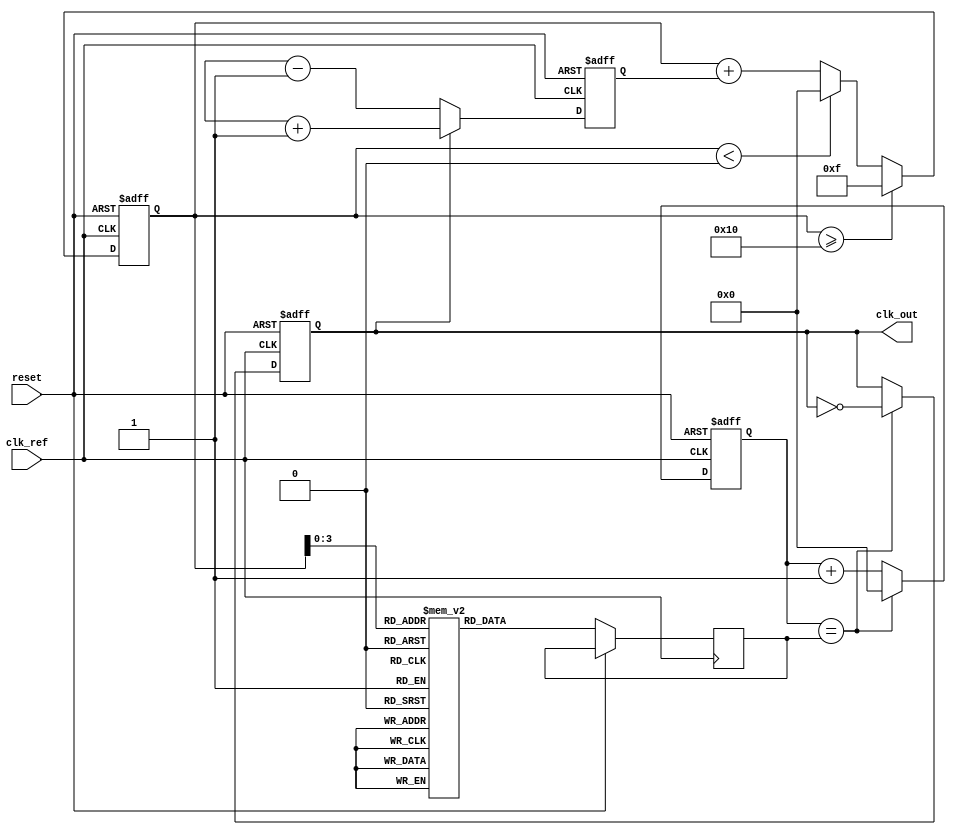
module adpll (
    input wire clk_ref,            // Reference clock input
    input wire reset,              // Reset signal
    output reg clk_out             // Output clock signal
);

// Parameters for the design
parameter N = 8;                  // Number of bits for control signal
parameter MEMORY_SIZE = 16;       // Size of the frequency memory

// Internal signals
reg [N-1:0] control_word;         // Control word from loop filter
reg [N-1:0] frequency_memory[0:MEMORY_SIZE-1]; // Frequency memory array
reg [N-1:0] phase_error;          // Phase error signal
reg [N-1:0] phase_detector_out;   // Output from phase detector
reg [N-1:0] filtered_error;       // Filtered error signal

// DCO Parameters
reg [N-1:0] dco_frequency;        // Frequency of the DCO
reg [N-1:0] dco_counter;          // Counter for DCO

// Initialize frequency memory with some values (example values)
initial begin
    frequency_memory[0] = 8'd1;
    frequency_memory[1] = 8'd2;
    frequency_memory[2] = 8'd4;
    frequency_memory[3] = 8'd8;
    frequency_memory[4] = 8'd16;
    frequency_memory[5] = 8'd32;
    frequency_memory[6] = 8'd64;
    frequency_memory[7] = 8'd128;
    frequency_memory[8] = 8'd255;
    frequency_memory[9] = 8'd127;
    frequency_memory[10] = 8'd63;
    frequency_memory[11] = 8'd31;
    frequency_memory[12] = 8'd15;
    frequency_memory[13] = 8'd7;
    frequency_memory[14] = 8'd3;
    frequency_memory[15] = 8'd0;
end

// Phase Detector
always @(posedge clk_ref or posedge reset) begin
    if (reset) begin
        phase_error <= 0;
    end else begin
        // Compare reference clock with output clock (simple edge detection)
        if (clk_out) begin
            phase_error <= phase_detector_out + 1; // Increment error
        end else begin
            phase_error <= phase_detector_out - 1; // Decrement error
        end
    end
end

// Loop Filter (a simple proportional controller)
always @(posedge clk_ref or posedge reset) begin
    if (reset) begin
        filtered_error <= 0;
    end else begin
        filtered_error <= filtered_error + phase_error; // Integrate phase error
        // Limit the control word to the size of frequency memory
        if (filtered_error >= MEMORY_SIZE) begin
            filtered_error <= MEMORY_SIZE - 1; // Clamping
        end else if (filtered_error < 0) begin
            filtered_error <= 0; // Clamping
        end
    end
end

// DCO implementation
always @(posedge clk_ref or posedge reset) begin
    if (reset) begin
        dco_counter <= 0;
        clk_out <= 0;
    end else begin
        dco_frequency <= frequency_memory[filtered_error]; // Get frequency from memory
        if (dco_counter == dco_frequency) begin
            clk_out <= ~clk_out; // Toggle output clock
            dco_counter <= 0; // Reset counter
        end else begin
            dco_counter <= dco_counter + 1; // Increment counter
        end
    end
end

endmodule